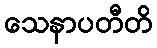
သေနာပတီတိ